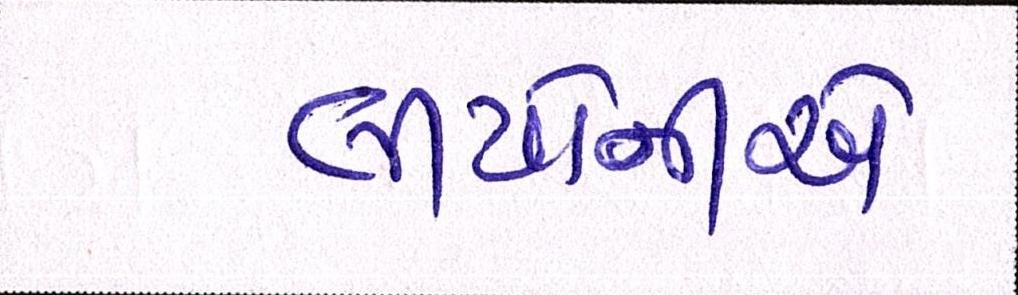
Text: લીયોનીએ